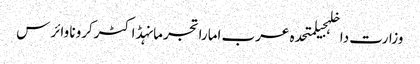
وزارت داخلہجیلمتحدہ عرب اماراتجرمانہڈاکٹرکرونا وائرس